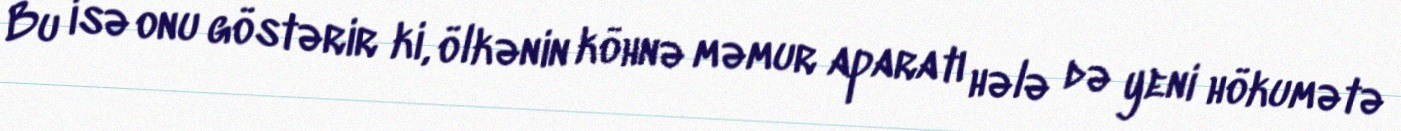
Bu isə onu göstərir ki, ölkənin köhnə məmur aparatı hələ də yeni hökumətə